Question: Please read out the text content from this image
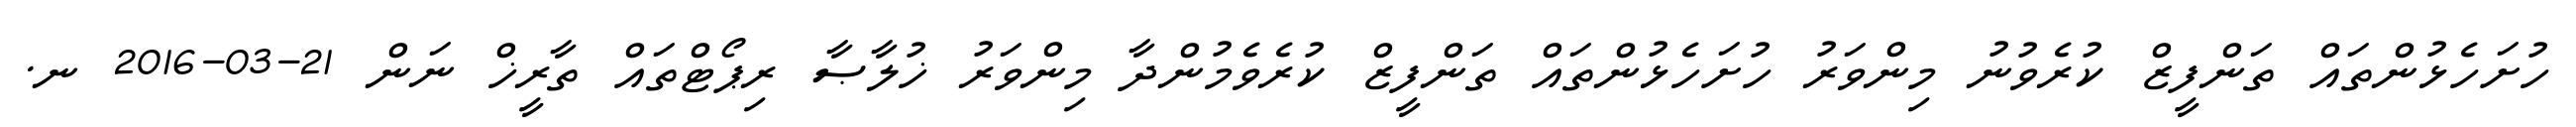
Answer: ހުށަހެޅުންތައް ތަންފީޒް ކުރެވުނު މިންވަރު ހުށަހެޅުންތައް ތަންފީޒް ކުރެވެމުންދާ މިންވަރު ޚުލާޞާ ރިޕޯޓްތައް ތާރީޚް ނަން 21-03-2016 ނ.